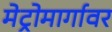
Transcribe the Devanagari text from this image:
मेट्रोमार्गावर